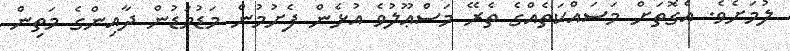
ލުމަށެވެ. އެގޮތަށް މަސައްކަތެއްގެ ތެރޭ މަސްޢޫލުވެ އުޅެން ފެށުމުން މަޑުމަޑުން ދާއިންގެ މަތިން